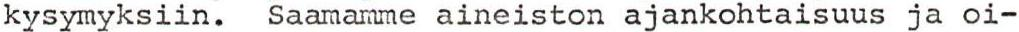
kysymyksiin. Saamamme aineiston ajankohtaisuus ja oi-